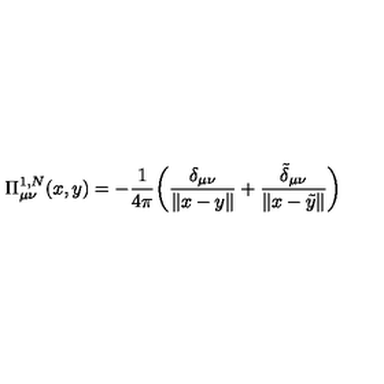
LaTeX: \Pi _ { \mu \nu } ^ { 1 , N } ( x , y ) = - \frac { 1 } { 4 \pi } \biggl ( \frac { \delta _ { \mu \nu } } { \| x - y \| } + \frac { \tilde { \delta } _ { \mu \nu } } { \| x - \tilde { y } \| } \biggr )